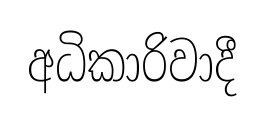
අධිකාරිවාදී